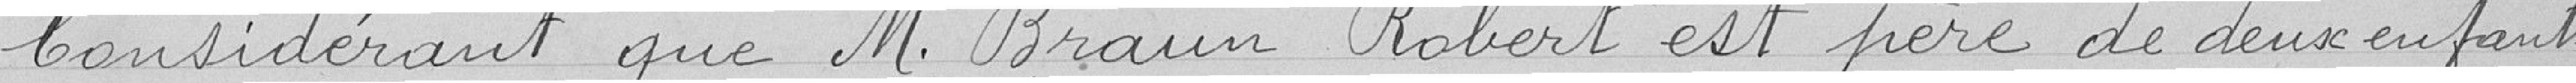
Considérant que M. Braun Robert est père de deux enfants